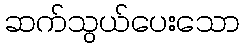
ဆက်သွယ်ပေးသော